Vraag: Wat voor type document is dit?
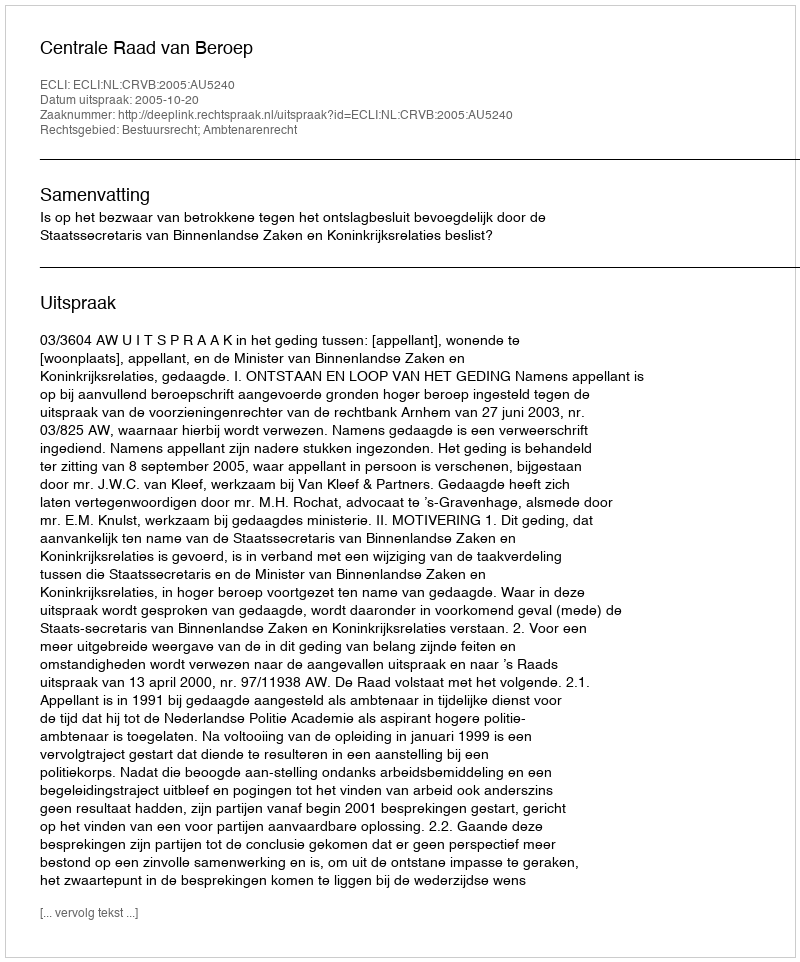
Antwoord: Uitspraak